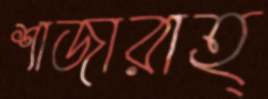
শাজারাহ্